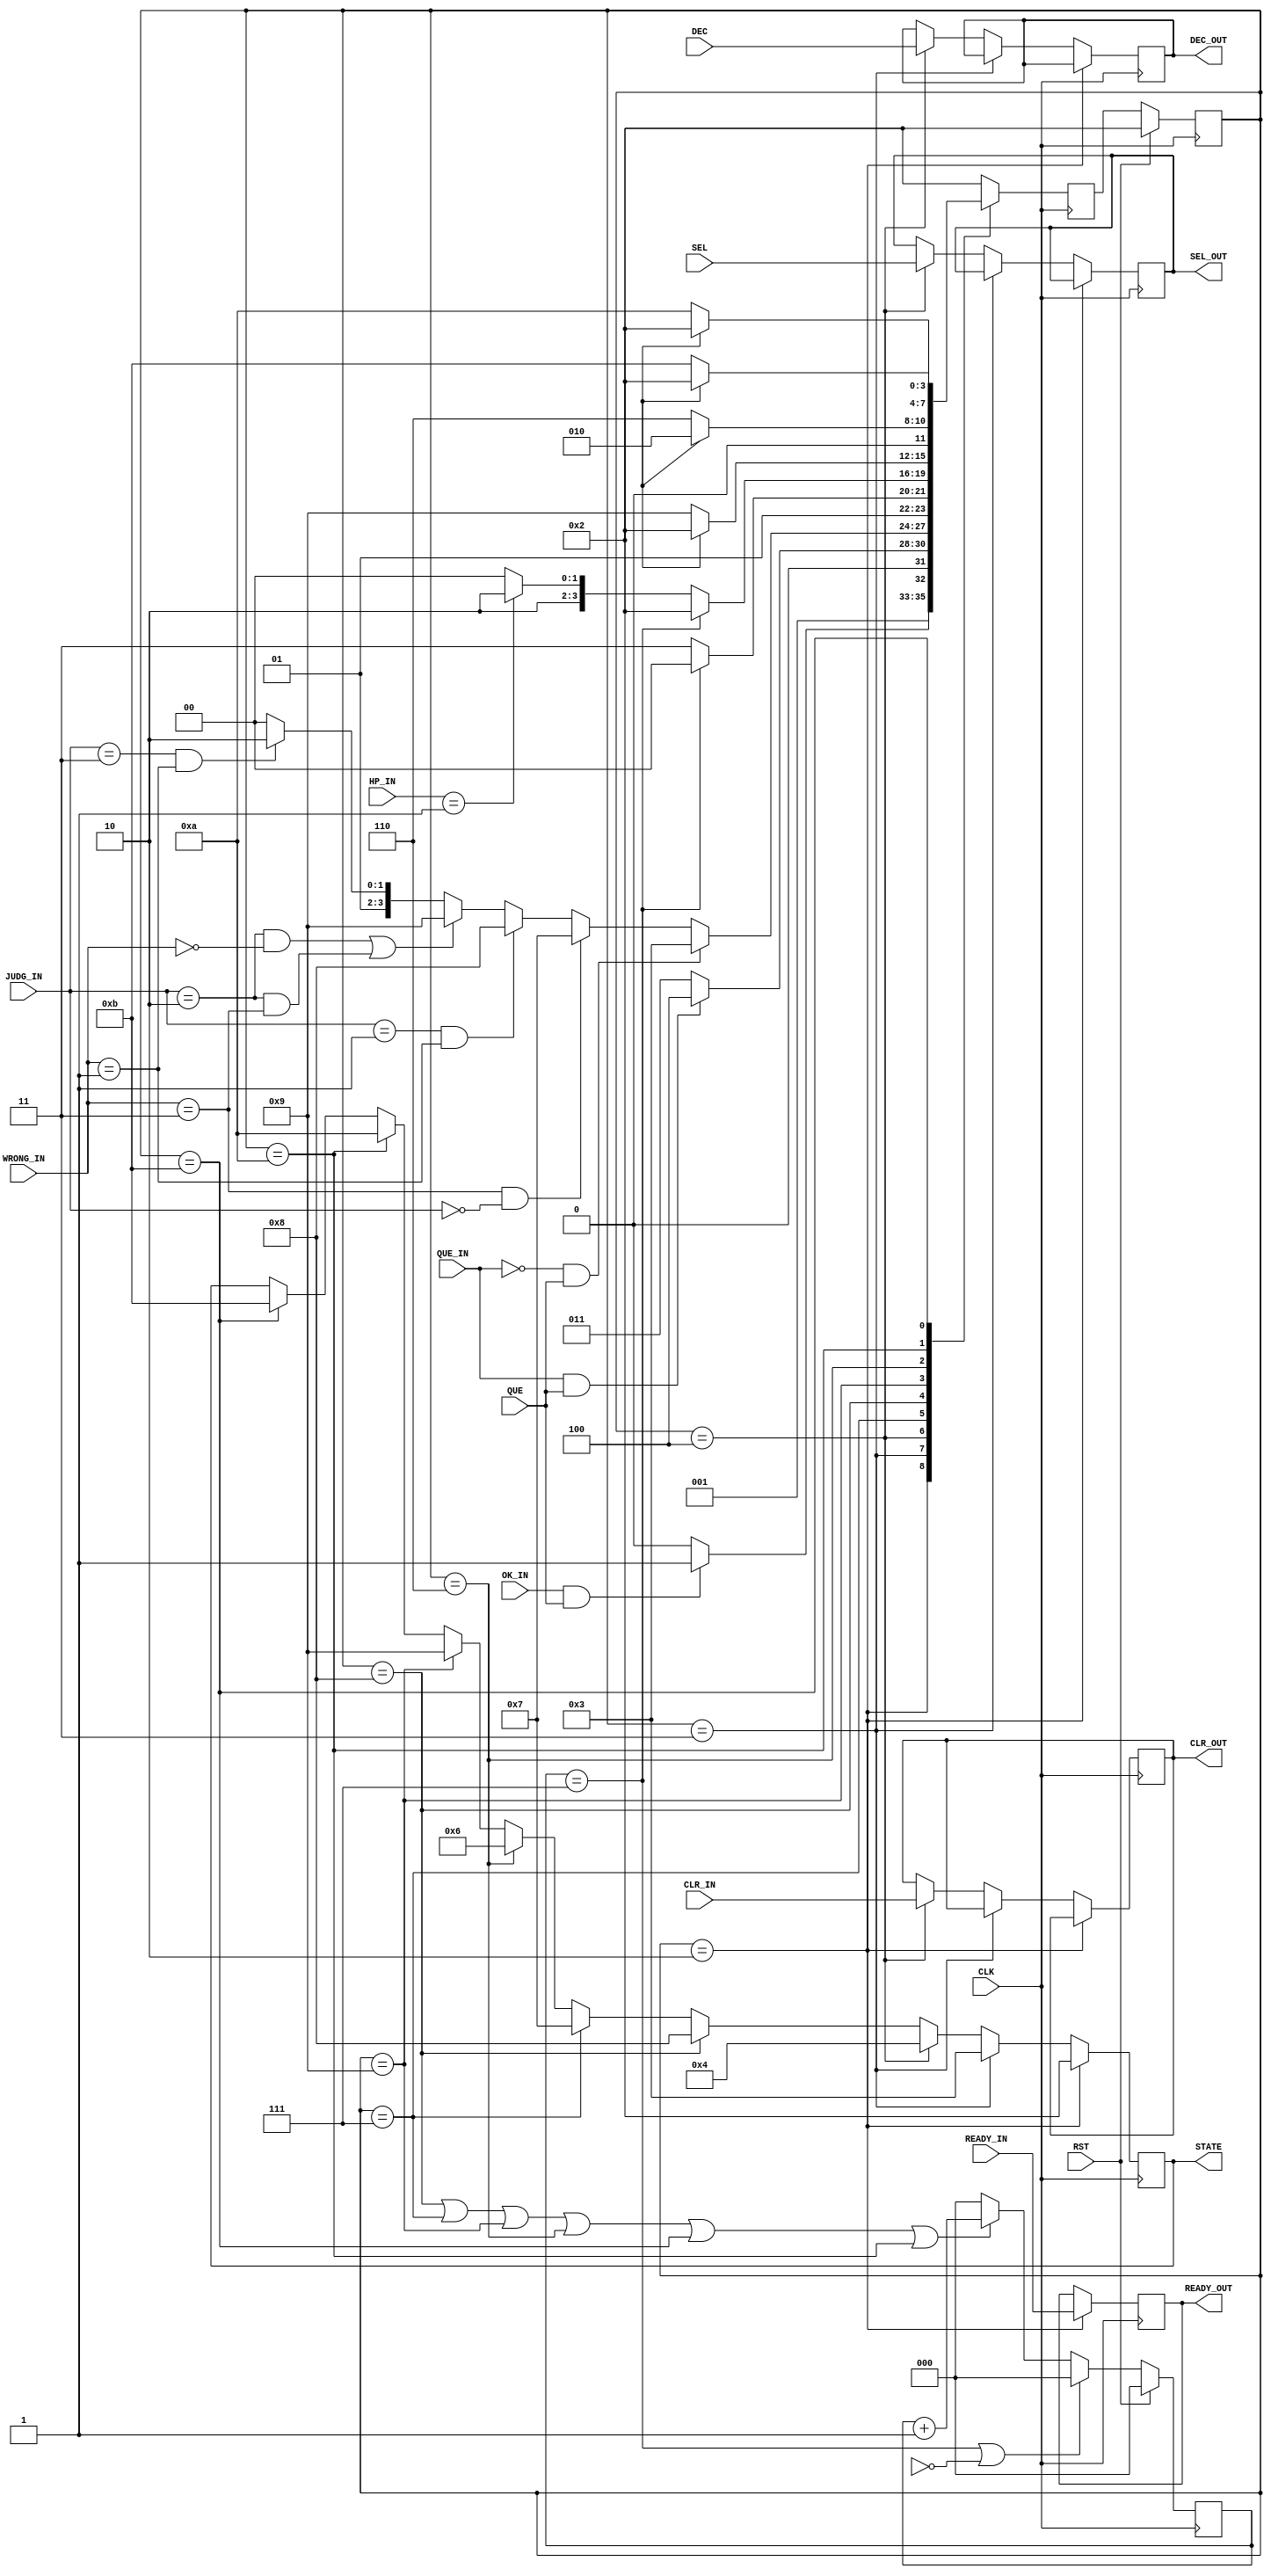
module CONTROL(
    input [2:0] SEL,
    input CLK, RST, READY_IN, QUE_IN, DEC, CLR_IN,//QUE_IN is BOUT
    input OK_IN, //????????????READY?????????????????
    input [1:0] HP_IN,//00????,01??????,10??????
    input QUE,//QUE is INPUT's q_ok    Question is already  not 0 or  0
    input [1:0] JUDG_IN,  //???????????
    input [1:0] WRONG_IN, //??????????????
    //input CNT1S,

  

    output reg READY_OUT,
    output reg [3:0] STATE, 
	 output reg [2:0] SEL_OUT,
	 output reg DEC_OUT, CLR_OUT
);

// reg R;
// initial begin
//   R <= 0;
// end
// always @(posedge CLK) begin
//      if(R == 0 && QUE_IN)   //R is Flag of QUESTION   QUE_IN is SW9
// 	      R <= 1;             
// 		else if(R == 1 && QUE_IN) //if question is not prepared ,don't go next
// 		   R <= 0;
// end

reg[3:0] cur,nxt;
localparam  READY = 4'b0010, QUESTION = 4'b0011, INPUT = 4'b0100, DRAW = 4'b0110
            , WRONG = 4'b0111, GOOD = 4'b1000, OUCH = 4'b1001, WIN = 4'b1010, LOSE = 4'b1011;


always @( posedge CLK) begin // When Clear
  if(RST)
    cur <= READY;
  else
    cur <= nxt;
end


always @(posedge CLK) begin 
  if(cur == READY)begin
      READY_OUT <= READY_IN;   //Through  reg ready for READY module
      STATE <= 4'b0010;
  end
  else if(cur == QUESTION)begin
      STATE <= 4'b0011;
  end
  else if(cur == INPUT)begin
      STATE <= 4'b0100;
      SEL_OUT <= SEL;        //Through  reg ...
      DEC_OUT <= DEC;        //Through  reg ...
      //DEC_OUT <= R2;
      CLR_OUT <= CLR_IN;     //Through  reg...
  end
  else if(cur == GOOD)begin
    STATE <= 4'b1000;
  end
  else if(cur == WRONG)begin
    STATE <= 4'b0111;
  end
  else if(cur == DRAW)begin
    STATE <= 4'b0110;
  end
  else if(cur == OUCH)begin
    STATE <= 4'b1001;
  end
  else if(cur == WIN)begin
    STATE <= 4'b1010;
  end
  else if(cur == LOSE)begin
    STATE <= 4'b1011;
  end
  
end



// reg NEED_1SEC;//一秒タイマーを起動させるためのフラグ
// initial begin
//   NEED_1SEC <= 0;
// end


// always @(posedge  CLK) begin
//     case(cur)
//       READY:   NEED_1SEC <= 0; //modi NEED_1SECを0に戻す処理
//       QUESTION:NEED_1SEC <= 0; //modi
//       INPUT:   NEED_1SEC <= 0; //modi
//       WRONG:   NEED_1SEC <= 1; 
//       GOOD:    NEED_1SEC <= 1;
//       OUCH:    NEED_1SEC <= 1; 
//       DRAW:    NEED_1SEC <= 1; 
//       WIN:     NEED_1SEC <= 1; 
//       LOSE:    NEED_1SEC <= 1;  
//   endcase
// end

reg [2:0] cnt;
wire EN1HZ = (cnt==3'd7);

always @(posedge CLK)begin   //Count 1sec
    if(RST)
      cnt <= 3'b0;
    else if(EN1HZ || NEED_1SEC == 0) // Enough = 0 || First =0
    //else if(EN1HZ)
      cnt <= 3'b0;
    //else if(NEED_1SEC == 1) // When  WRONG ,GOOD,OUCH,DRAW ,WIN ,LOSE
    else if(cur == GOOD || cur == WRONG || cur == OUCH || cur == DRAW || cur == LOSE || cur == WIN)
    //else if(NEED_1SEC)  
       cnt <= cnt + 3'b1;  //inc
       //cnt <= cnt ;
    else 
      cnt <= 3'b0;  //cnt <= cnt is error
end

always @(posedge CLK)begin
    
    case(cur)   
        READY: 
                if(OK_IN && QUE)//OK_INは二人ともスタートボタン押した信号、QUEは問題が格納されたことを入力モジュールから受け取る信号
                    nxt <= QUESTION; //????
                else
                    nxt <= READY;

        QUESTION:
                   //if(R6 == 1 && QUE) //???????????????????????????????????
                   if(QUE_IN == 1 && QUE)
                    nxt <= INPUT;
                   else 
                    nxt <= QUESTION;
                    //nxt <= READY; 
        
        INPUT: 
                if(QUE_IN == 0 && QUE)
                    nxt <= QUESTION;
                else if(WRONG_IN == 2'b11 && JUDG_IN == 2'b00)
                    nxt <= WRONG;//0111
                else if(JUDG_IN == 2'b01 && WRONG_IN == 2'b01)
                    nxt <= GOOD;
                else if((JUDG_IN == 2'b10 && WRONG_IN == 2'b00) || (JUDG_IN == 2'b10 && WRONG_IN == 2'b11))
                    nxt <= OUCH;
                else if(JUDG_IN == 2'b11 && WRONG_IN == 2'b01)
                    nxt <= DRAW;
                else 
                    nxt <= INPUT;
                    //nxt <= READY;

        WRONG: 
               
               if(EN1HZ)
                nxt <= INPUT;//0100
               else 
                nxt <= WRONG;
        
        GOOD: 
             
              if(EN1HZ)
                nxt <= READY;
              else if(HP_IN == 01) 
                nxt <= WIN;
              else
                nxt <= GOOD;

        OUCH: 
              
              if(CNT1S)
                nxt <= READY;
              else if(HP_IN == 10)
                nxt <= LOSE;
              else 
                nxt <= OUCH;

        DRAW: 
              
              if(CNT1S)
                nxt <= READY;
              else
                nxt <= DRAW;

        WIN: 
            
             if(CNT1S)
               nxt <= READY;
             else 
               nxt <= WIN;

        LOSE:
             
             if(CNT1S)
               nxt <= READY;
             else 
               nxt <= LOSE;

        default: nxt <= READY;
    endcase
end





endmodule